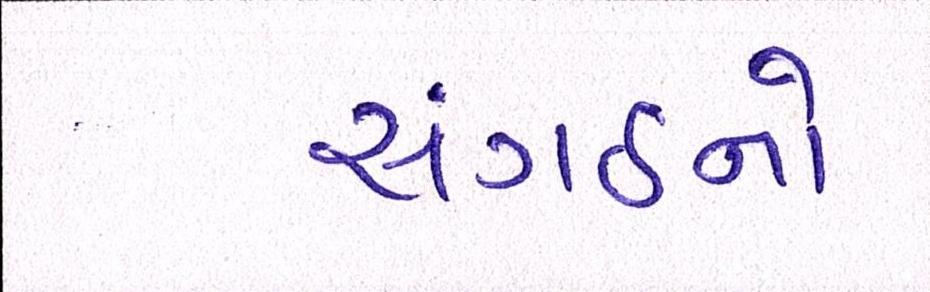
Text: સંગઠનો